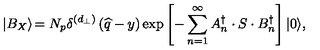
\left| B _ { X } \right\rangle \! = N _ { p } \delta ^ { \left( d _ { \bot } \right) } \left( \widehat { q } - y \right) \exp \left[ - \sum _ { n = 1 } ^ { \infty } A _ { n } ^ { \dagger } \cdot S \cdot B _ { n } ^ { \dagger } \right] \left| 0 \right\rangle \! ,